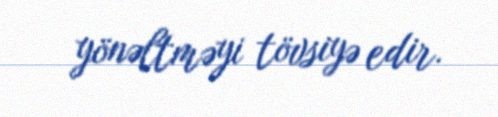
yönəltməyi tövsiyə edir.